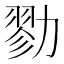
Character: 勠